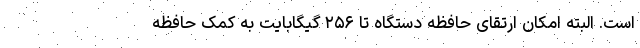
است. البته امکان ارتقای حافظه دستگاه تا ۲۵۶ گیگابایت به کمک حافظه